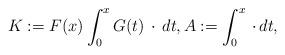
LaTeX: \begin{align*} K:=F(x)\int_0^x G(t)\, \cdot \,dt, A:=\int_0^x \, \cdot \,dt,\end{align*}